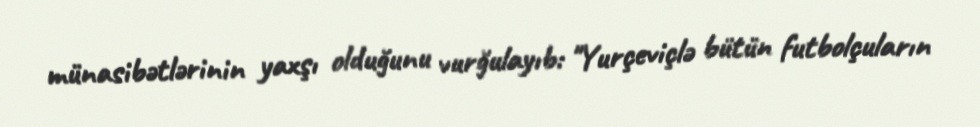
münasibətlərinin yaxşı olduğunu vurğulayıb: "Yurçeviçlə bütün futbolçuların